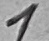
Text: 1